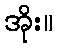
အိုး။